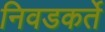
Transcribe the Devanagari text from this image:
निवडकर्ते